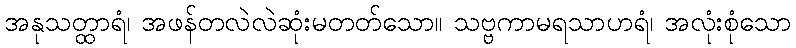
အနုသတ္ထာရံ၊ အဖန်တလဲလဲဆုံးမတတ်သော။ သဗ္ဗကာမရသာဟရံ၊ အလုံးစုံသော